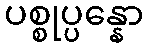
ပစ္စုပ္ပန္နော